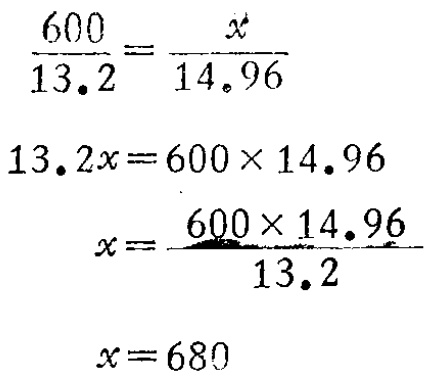
\[\begin{align*}
\frac{600}{13.2}&=\frac{x}{14.96}\\
13.2x&=600\times14.96\\
x&=\frac{600\times14.96}{13.2}\\
x&=680
\end{align*}\]